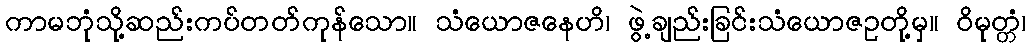
ကာမဘုံသို့ဆည်းကပ်တတ်ကုန်သော။ သံယောဇနေဟိ၊ ဖွဲ့ချည်းခြင်းသံယောဇဥတို့မှ။ ဝိမုတ္တံ၊